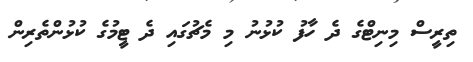
ތިރީސް މިނިޓްގެ ދެ ހާފު ކުޅުނު މި މެޗުގައި ދެ ޓީމުގެ ކުޅުންތެރިން